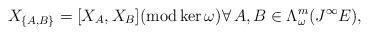
LaTeX: \begin{align*}X_{\{A,B\}}=[X_A,X_B](\mathrm{mod}\operatorname{ker} \omega)\forall\, A,B\in \Lambda_\omega^{m}(J^\infty E) ,\end{align*}